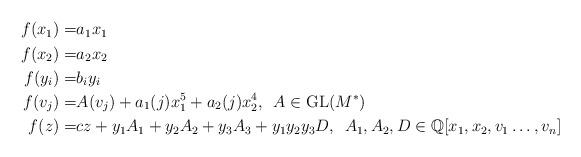
LaTeX: \begin{align*}\begin{alignedat}{2}f(x_1) =& a_1x_1 \\f(x_2) =& a_2x_2 \\ f(y_i) =& b_iy_i \\ f(v_j) = & A (v_j) + a_1 (j) x_1^5 + a_2 (j) x_2^4, \, \, \, A \in {\rm{GL}}(M^\ast)\\f(z) = & cz + y_1A_1 + y_2A_2 + y_3A_3 + y_1y_2y_3D, \,\, \, A_1, A_2, D \in \mathbb Q[x_1, x_2, v_1 \ldots, v_n] \\\end{alignedat}\end{align*}